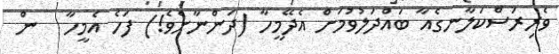
ވެރިރަސްކަލާނގެއާ ބައްދަލުވުމަށް އެދޭމީހާ (ދަންނާށެވެ!) ފަހެ އެމީހާ   ން